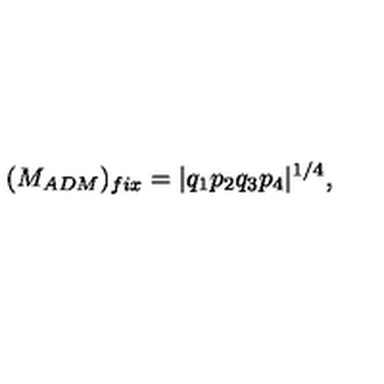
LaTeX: ( M _ { A D M } ) _ { f i x } = | q _ { 1 } p _ { 2 } q _ { 3 } p _ { 4 } | ^ { 1 / 4 } ,